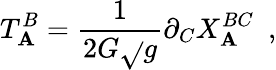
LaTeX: T_{\mathbf{A}}^{B}=\frac{1}{{2G\sqrt{}{{g}}}}\partial_{C}X_{\mathbf{A}}^{BC}~~,